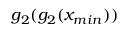
g _ { 2 } ( g _ { 2 } ( x _ { m i n } ) )